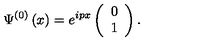
\Psi ^ { \left( 0 \right) } \left( x \right) = e ^ { i p x } \left( \begin{array} { c } { 0 } \\ { 1 } \\ \end{array} \right) .